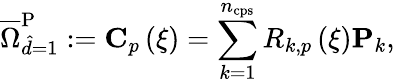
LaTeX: \overline{{\Omega}}_{\hat{d}=1}^{\mathrm{{P}}}:=\mathbf{C}_{p}\left(\xi\right)=\sum_{k=1}^{n_{\mathrm{{cps}}}}R_{k,p}\left(\xi\right)\mathbf{P}_{k},